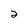
Character: 2